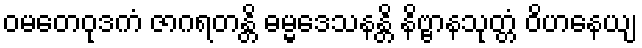
ဝမတေဝုဒကံ ဇာဂရတန္တိ ဓမ္မဒေသနန္တိ နိဗ္ဗာနသုတ္တံ ဝိဟနေယျ